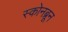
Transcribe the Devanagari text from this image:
स्कोनब्रून